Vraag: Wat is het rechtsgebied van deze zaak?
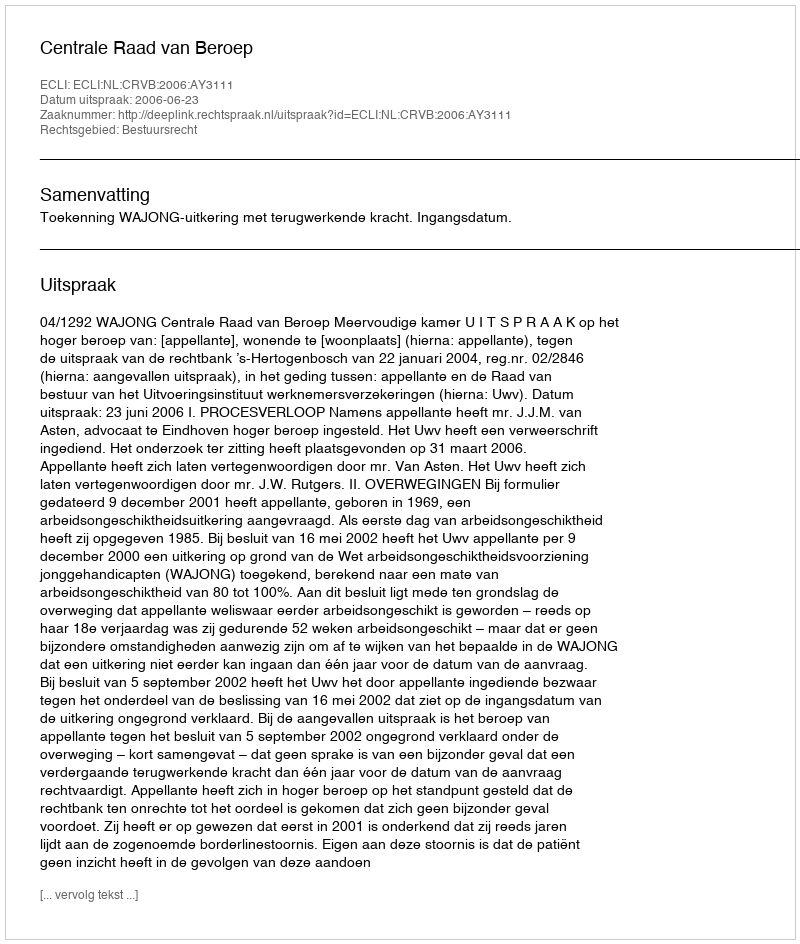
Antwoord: Bestuursrecht